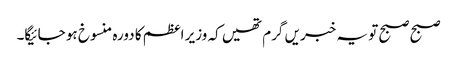
صبح صبح تو یہ خبریں گرم تھیں کہ وزیر اعظم کا دورہ منسوخ ہو جائیگا۔